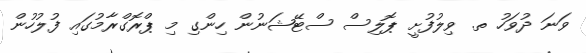
ވަނަ ދުވަހު ތ. ވިލުފުށީ ޕޮލިސް ސްޓޭޝަނުން ހިންގި މި ޕްރޮގްރާމުގައި ފުލުހުން